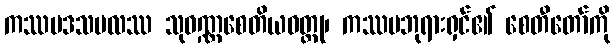
ကဿပဒသဗလဿ သုဝဏ္ဏစေတိယဝတ္ထု၊ ကဿပဘုရားရှင်၏ စေတီတော်ကို